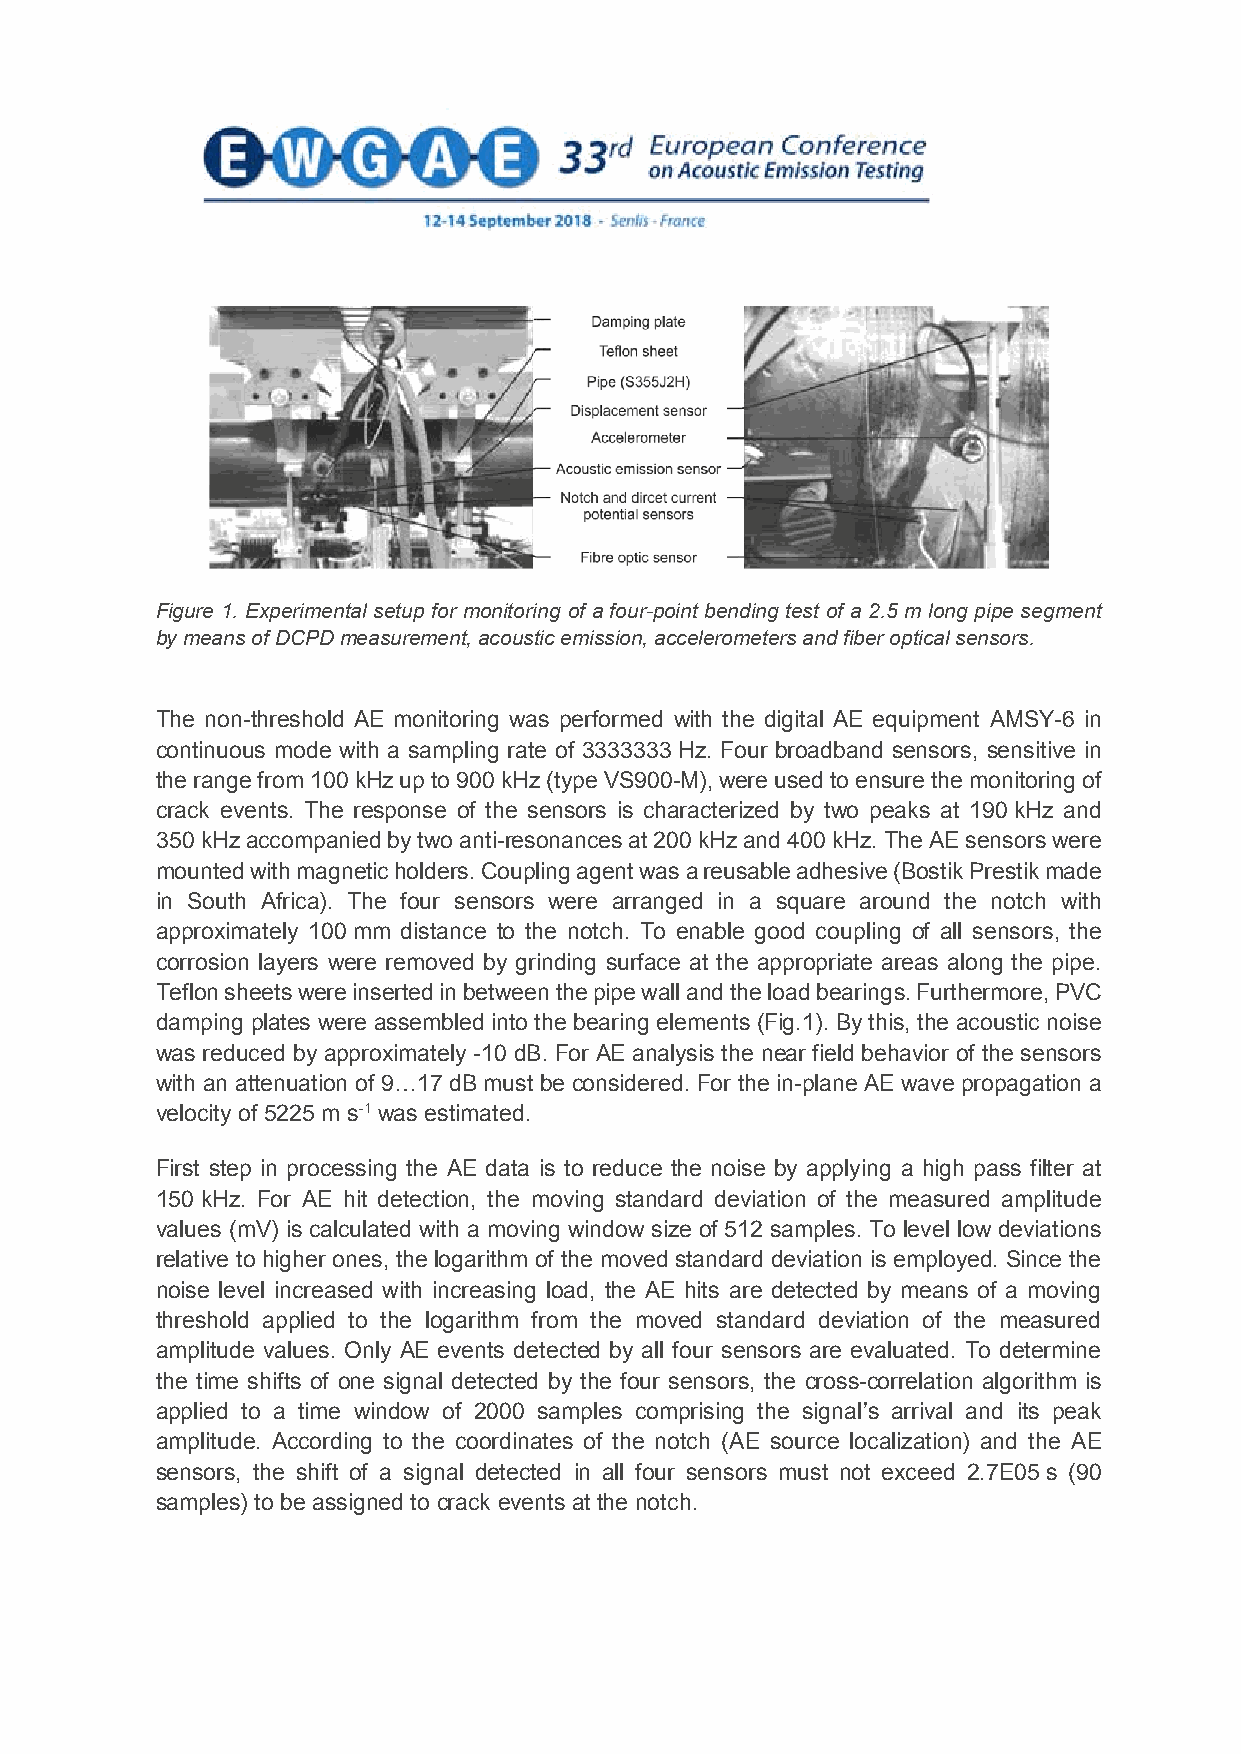
Figure 1. Experimental setup for monitoring of a four-point bending test of a 2.5 m long pipe segment
 by means of DCPDmeasurement, acoustic emission, accelerometers and fiber optical sensors.
 The non-threshold AE monitoring was performed with the digital AE equipment AMSY-6 in
 continuous mode with a sampling rate of 3333333 Hz. Four broadband sensors, sensitive in
 the range from100kHz up to 900kHz (type VS900-M),were used to ensure the monitoring of
 crack events. The response of the sensors is characterized by two peaks at 190 kHz and
 350kHzaccompanied by two anti-resonances at 200 kHz and 400kHz. The AE sensors were
 mounted with magnetic holders. Coupling agent was a reusable adhesive (Bostik Prestikmade
 in South Africa). The four sensors were arranged in a square around the notch with
 approximately 100 mm distance to the notch. To enable good coupling of all sensors, the
 corrosion layers were removed by grinding surface at the appropriate areas along the pipe.
 Teflon sheets were inserted in between the pipe wall and the load bearings. Furthermore,PVC
 damping plates were assembled into the bearing elements (Fig.1). By this, the acoustic noise
 was reduced by approximately -10 dB. For AE analysis the near field behavior of the sensors
 with an attenuation of 9…17 dB must be considered. For the in-plane AE wave propagation a
 velocity of 5225 m s-1 was estimated.
 First step in processing the AE data is to reduce the noise by applying a high pass filter at
 150kHz. For AE hit detection, the moving standard deviation of the measured amplitude
 values (mV) is calculated with a moving window size of 512 samples. To level low deviations
 relative to higher ones, the logarithm of the moved standard deviation is employed. Since the
 noise level increased with increasing load, the AE hits are detected by means of a moving
 threshold applied to the logarithm from the moved standard deviation of the measured
 amplitude values. Only AE events detected by all four sensors are evaluated. To determine
 the time shifts of one signal detected by the four sensors, the cross-correlation algorithm is
 applied to a time window of 2000 samples comprising the signal’s arrival and its peak
 amplitude. According to the coordinates of the notch (AE source localization) and the AE
 sensors, the shift of a signal detected in all four sensors must not exceed 2.7E05 s (90
 samples) to be assigned to crack events at the notch.
 3